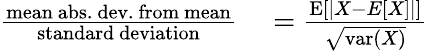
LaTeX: \begin{array}{rl}{{\frac{\mathrm{mean~abs.~dev.~from~mean}}{\mathrm{standard~deviation}}}}&{{}={\frac{\operatorname{E}[|X-E[X]|]}{\sqrt{\operatorname{var}(X)}}}}\end{array}